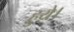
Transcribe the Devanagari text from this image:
हुय़े।